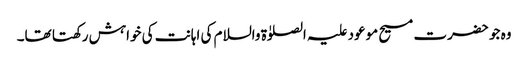
وہ جو حضرت مسیح موعود علیہ الصلوٰۃ والسلام کی اہانت کی خواہش رکھتا تھا۔